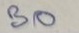
30